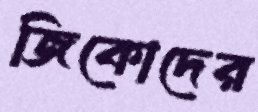
জিকোদের